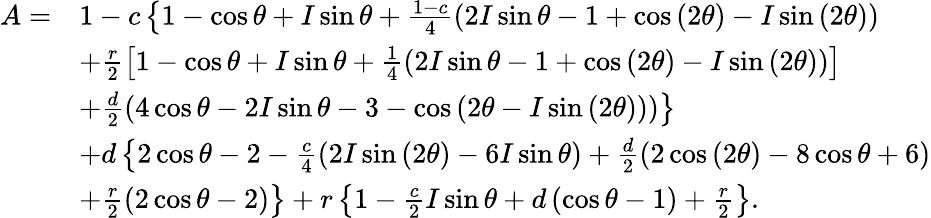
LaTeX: \begin{array}{rl}{A=}&{1-c\left\lbrace 1-\cos\theta+I\sin\theta+\frac{1-c}{4}\left(2I\sin\theta-1+\cos\left(2\theta\right)-I\sin\left(2\theta\right)\right)\right.}\\ &{+\frac{r}{2}\left[1-\cos\theta+I\sin\theta+\frac{1}{4}\left(2I\sin\theta-1+\cos\left(2\theta\right)-I\sin\left(2\theta\right)\right)\right]}\\ &{\left.+\frac{d}{2}\left(4\cos\theta-2I\sin\theta-3-\cos\left(2\theta-I\sin\left(2\theta\right)\right)\right)\right\rbrace}\\ &{+d\left\lbrace 2\cos\theta-2-\frac{c}{4}\left(2I\sin\left(2\theta\right)-6I\sin\theta\right)+\frac{d}{2}\left(2\cos\left(2\theta\right)-8\cos\theta+6\right)\right.}\\ &{\left.+\frac{r}{2}\left(2\cos\theta-2\right)\right\rbrace+r\left\lbrace 1-\frac{c}{2}I\sin\theta+d\left(\cos\theta-1\right)+\frac{r}{2}\right\rbrace.}\end{array}